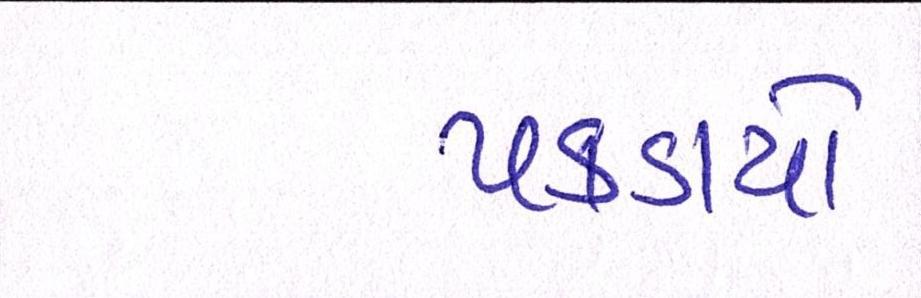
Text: પકડાયો